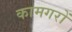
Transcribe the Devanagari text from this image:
कामगरों